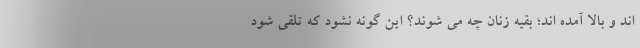
اند و بالا آمده اند؛ بقیه زنان چه می شوند؟ این گونه نشود که تلقی شود